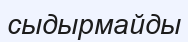
сыдырмайды